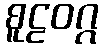
စူဠဝဂ္ဂ